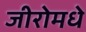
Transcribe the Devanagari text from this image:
जीरोमधे